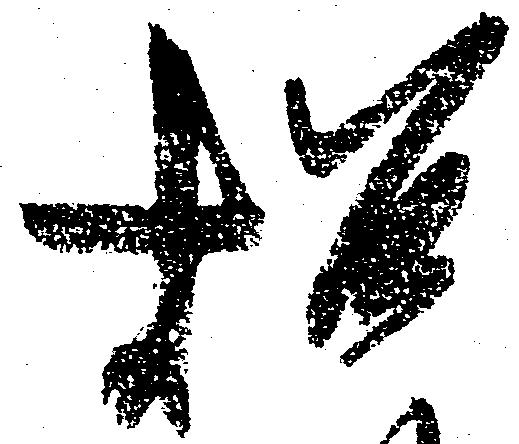
招